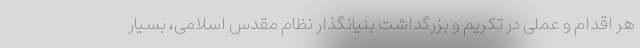
هر اقدام و عملی در تکریم و بزرگداشت بنیانگذار نظام مقدس اسلامی، بسیار